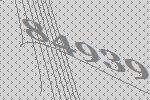
84939